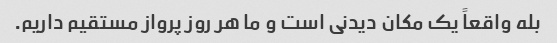
بله واقعاً یک مکان دیدنی است و ما هر روز پرواز مستقیم داریم.